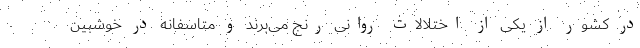
در کشور از یکی از اختلالات روانی رنج می‌برند و متاسفانه در خوشبین